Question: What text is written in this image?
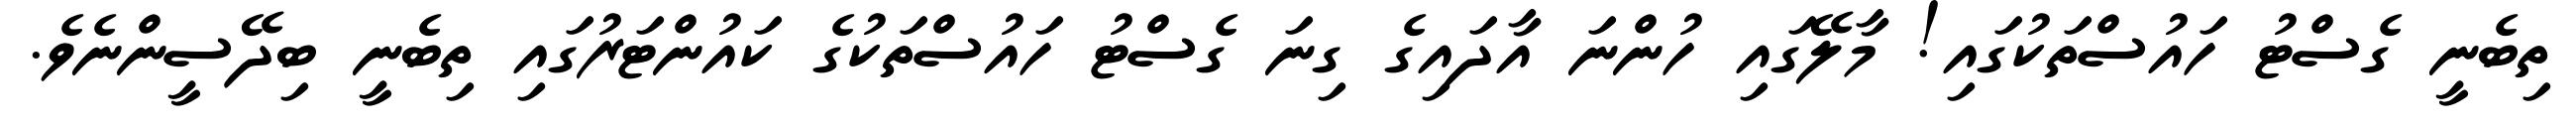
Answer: ތިބެނީ ގެސްޓު ހައުސްތަކުގައި! މާލޭގައި ހުންނަ އާދައިގެ ގިނަ ގެސްޓު ހައުސްތަކުގެ ކައުންޓަރުގައި ތިބެނީ ބިދޭސީންނެވެ.